Bréfritari: Oddný Hjörleifsdóttir
Viðtakandi: Jón Borgfirðingur
Dagsetning: A-1882-12-16
Skrifað á: Breiðabólsstöðum  Gull.

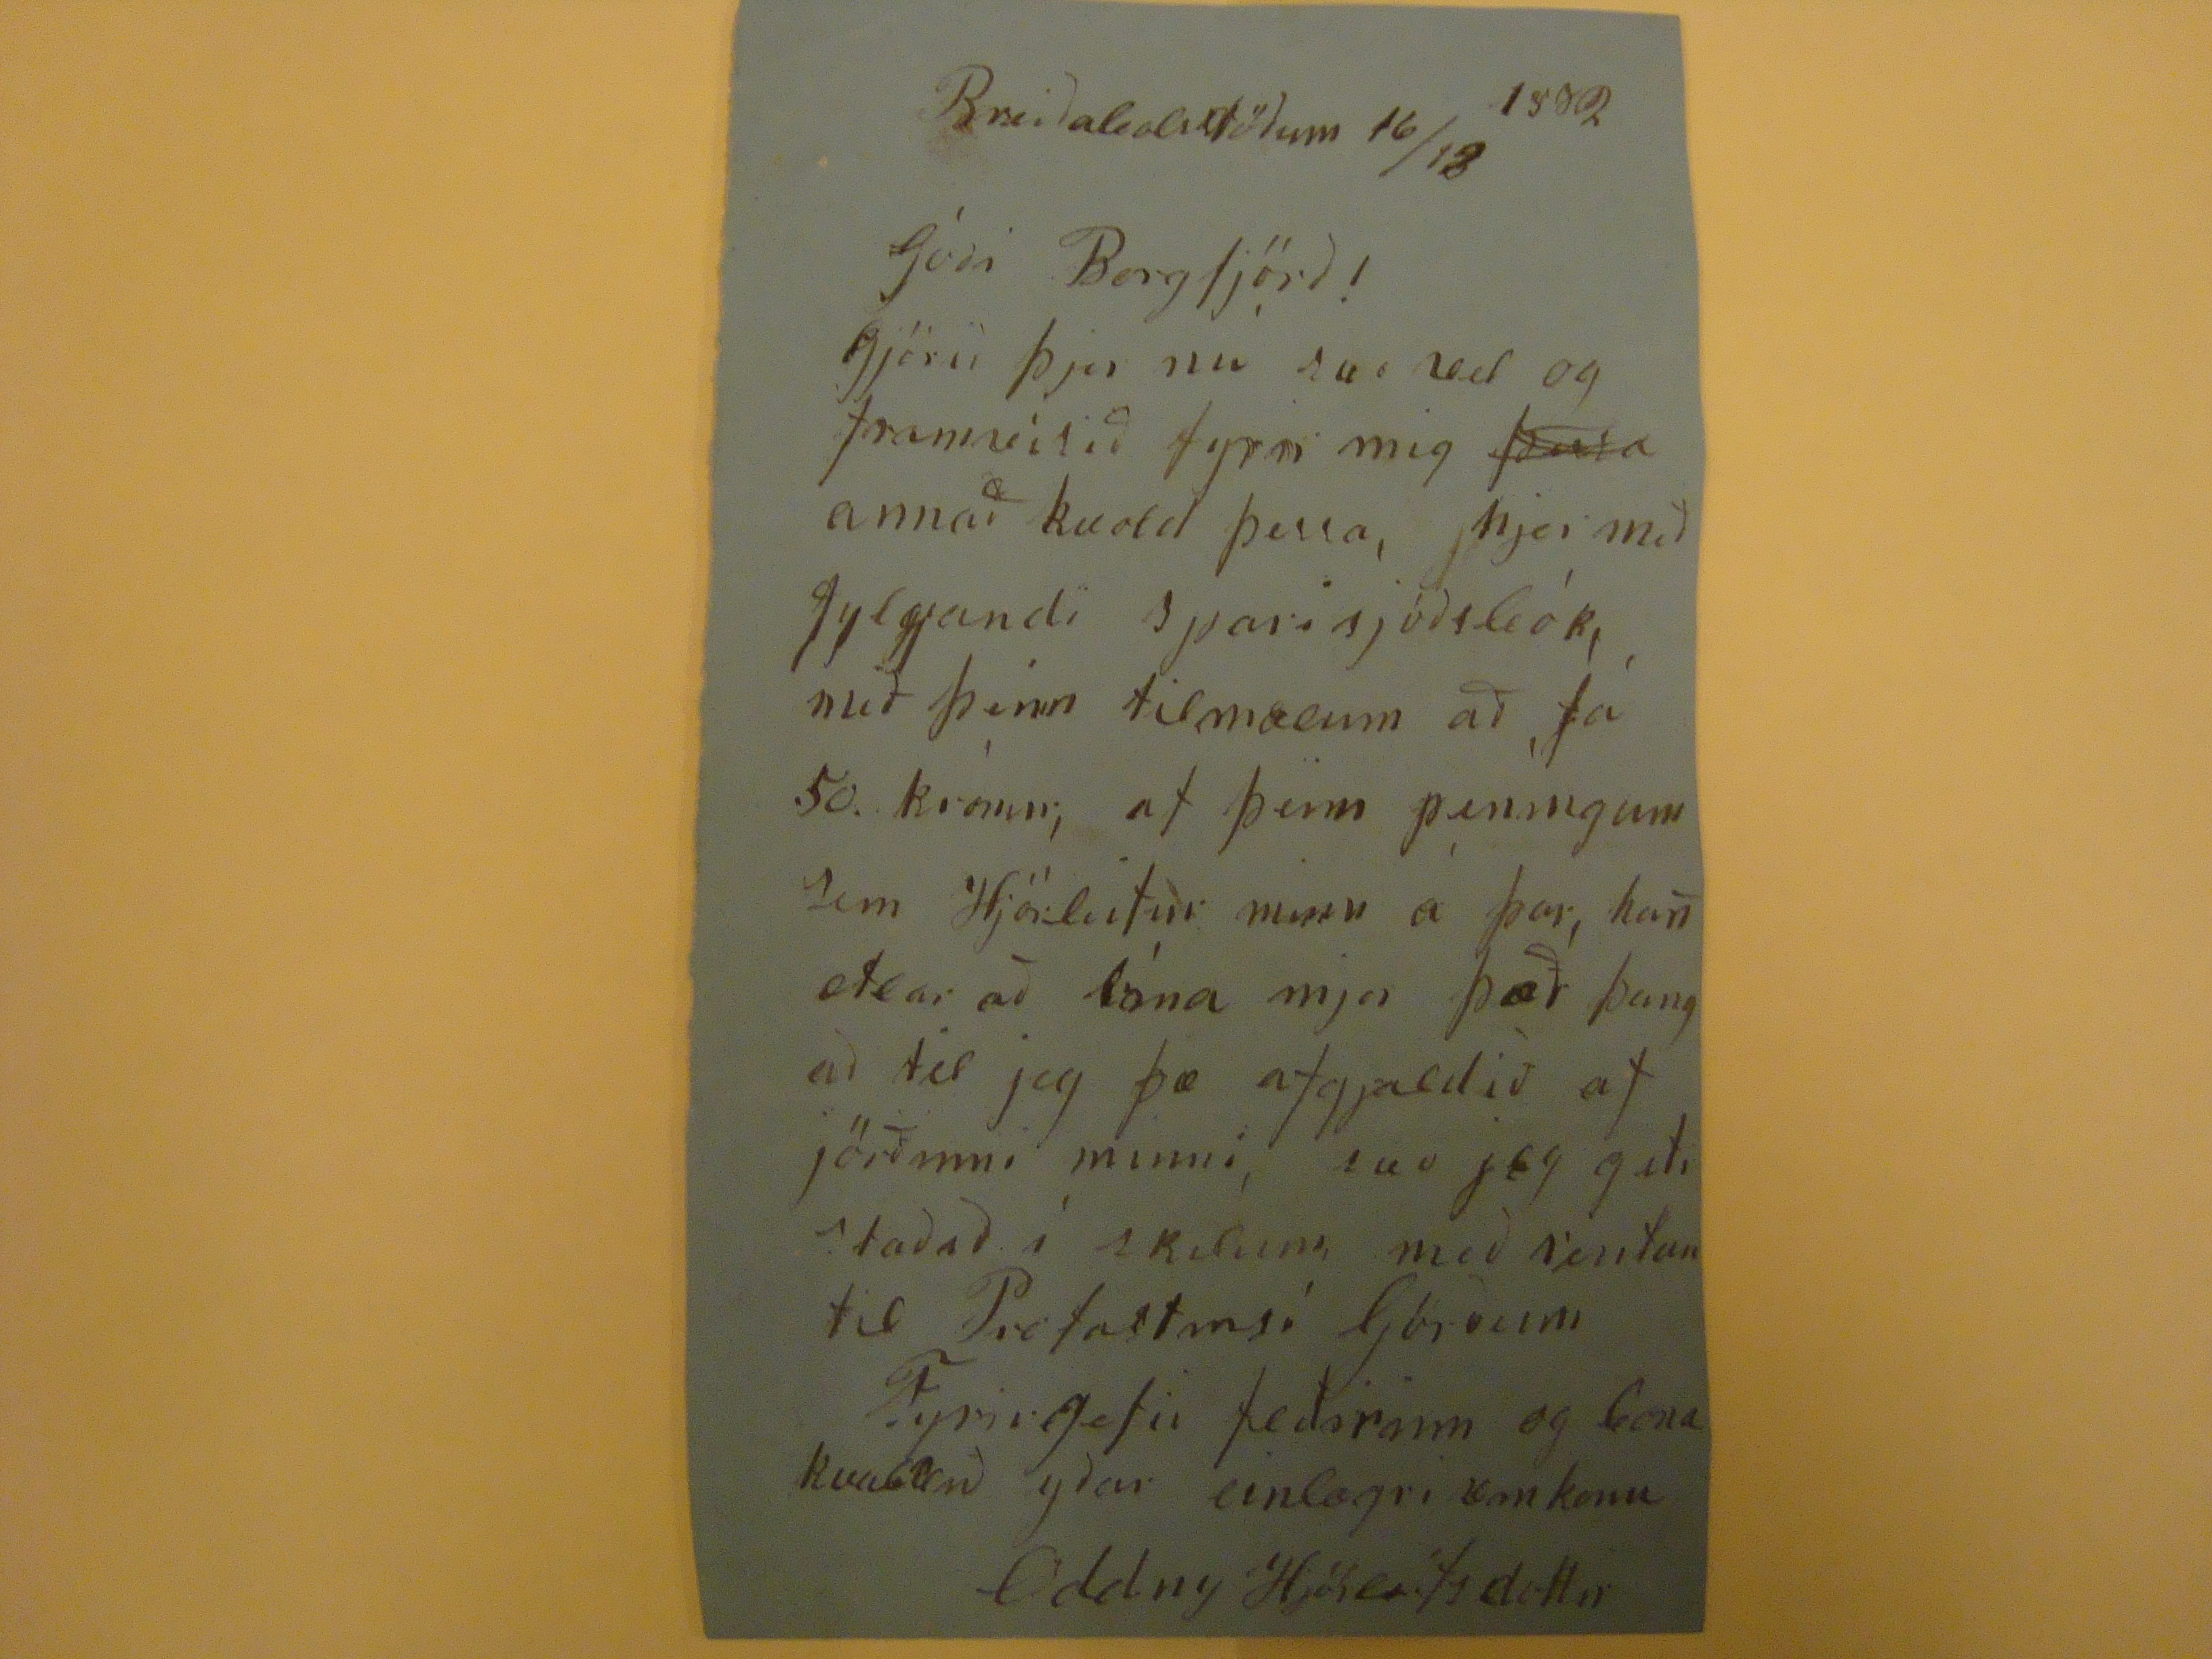

Breiðabolsstöðum 16/12 1882
Góði Borgfjörð!
Gjörið þjer nú svo vel og fram
framvitið
fyrir mig
þara
annað kvord þessa, hjer með fylgandi sparisjóðsbók, með þeim tilmælum að fá 50 krónur, af þeim peníngum sem Hjörleifur minn á þar, han
atlar
að lána mjer það þangað til jeg fæ afgjaldið af jörðinni minni, svo jeg geti staðið í skilum, með rentun til
Pretastins
í
ljörðuni
Fyrirgefið
frestirinn
og
Gona
kaddið yðar einlægri
kan
konu
Oddny Hjörleifsdottir